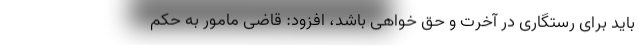
باید برای رستگاری در آخرت و حق خواهی باشد، افزود: قاضی مامور به حکم